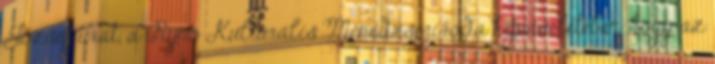
József urat, a Ryno Kulturális Menedzseriroda képviseletében, hogy az